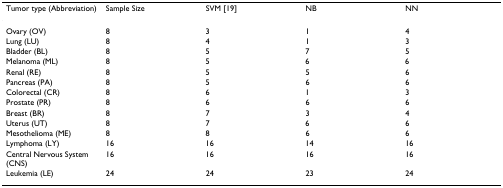
<table><thead><tr><td><b>Tumor type (Abbreviation)</b></td><td><b>Sample Size</b></td><td><b>SVM [19]</b></td><td><b>NB</b></td><td><b>NN</b></td></tr></thead><tbody><tr><td>Ovary (OV)</td><td>8</td><td>3</td><td>1</td><td>4</td></tr><tr><td>Lung (LU)</td><td>8</td><td>4</td><td>1</td><td>3</td></tr><tr><td>Bladder (BL)</td><td>8</td><td>5</td><td>7</td><td>5</td></tr><tr><td>Melanoma (ML)</td><td>8</td><td>5</td><td>6</td><td>6</td></tr><tr><td>Renal (RE)</td><td>8</td><td>5</td><td>5</td><td>6</td></tr><tr><td>Pancreas (PA)</td><td>8</td><td>5</td><td>6</td><td>6</td></tr><tr><td>Colorectal (CR)</td><td>8</td><td>6</td><td>1</td><td>3</td></tr><tr><td>Prostate (PR)</td><td>8</td><td>6</td><td>6</td><td>6</td></tr><tr><td>Breast (BR)</td><td>8</td><td>7</td><td>3</td><td>4</td></tr><tr><td>Uterus (UT)</td><td>8</td><td>7</td><td>6</td><td>6</td></tr><tr><td>Mesothelioma (ME)</td><td>8</td><td>8</td><td>6</td><td>6</td></tr><tr><td>Lymphoma (LY)</td><td>16</td><td>16</td><td>14</td><td>16</td></tr><tr><td>Central Nervous System (CNS)</td><td>16</td><td>16</td><td>16</td><td>16</td></tr><tr><td>Leukemia (LE)</td><td>24</td><td>24</td><td>23</td><td>24</td></tr></tbody></table>